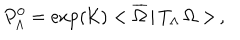
P _ { \Lambda } ^ { 0 } = \exp \left( \mathcal { K } \right) < \overline { { { \Omega } } } \, | \, T _ { \Lambda } \, \Omega > \, ,